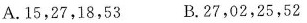
A. 15，27，18，53 B. 27，02，25，52